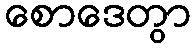
စောဒေတွာ